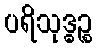
ပရိသုဒ္ဓဉ္စ